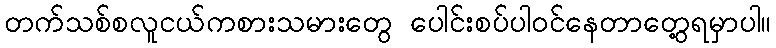
တက်သစ်စလူငယ်ကစားသမားတွေ ပေါင်းစပ်ပါဝင်နေတာတွေ့ရမှာပါ။